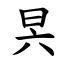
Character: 昗